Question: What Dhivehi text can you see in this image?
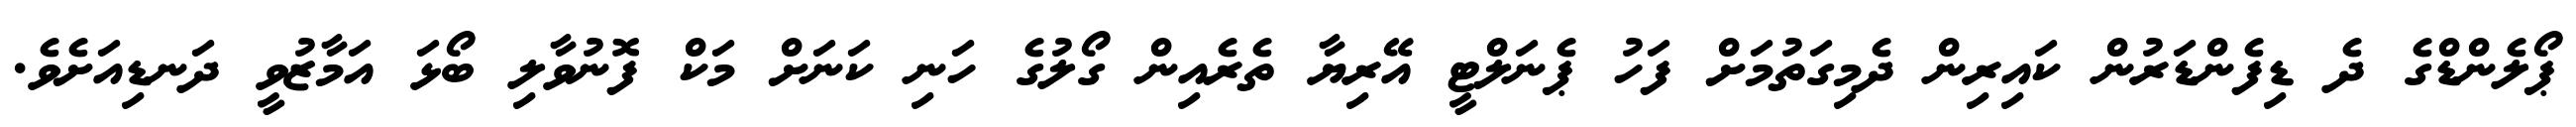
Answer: ޕޯލެންޑްގެ ދެ ޑިފެންޑަރުން ކައިރިން ދެމިގަތުމަށް ފަހު ޕެނަލްޓީ އޭރިޔާ ތެރެއިން ގޯލުގެ ހަނި ކަނަށް މަކް ފޮނުވާލި ބޯޅަ އަމާޒުވީ ދަނޑިއަށެވެ.